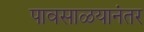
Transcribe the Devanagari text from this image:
पावसाळयानंतर